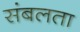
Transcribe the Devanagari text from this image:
संबलता